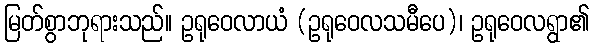
မြတ်စွာဘုရားသည်။ ဥရုဝေလာယံ (ဥရုဝေလသမီပေ)၊ ဥရုဝေလရွာ၏